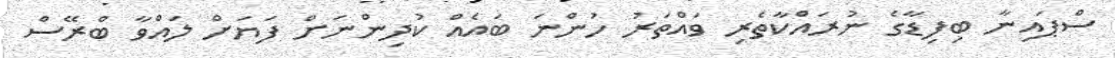
ސްޕައިނާ ބިފިޑާގެ ނުރައްކާތެރި ވައްތަރު ހުންނަ ބައެއް ކުދިންނަށް ފަޔަށް ލައްވާ ބްރޭސް